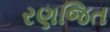
રણજિત